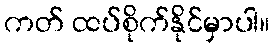
ကတ် ထပ်စိုက်နိုင်မှာပါ။